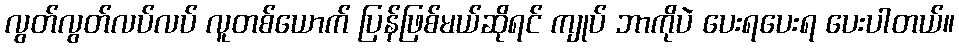
လွတ်လွတ်လပ်လပ် လူတစ်ယောက် ပြန်ဖြစ်မယ်ဆိုရင် ကျုပ် ဘာကိုပဲ ပေးရပေးရ ပေးပါတယ်။